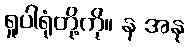
ရူပါရုံတို့ကို။ န အနု